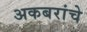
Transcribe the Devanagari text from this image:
अकबरांचे